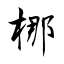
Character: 梛